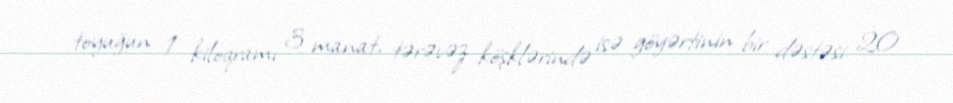
toyuğun 1 kiloqramı 3 manat, tərəvəz köşklərində isə göyərtinin bir dəstəsi 20